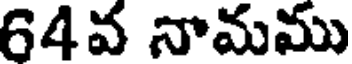
64వ నామము